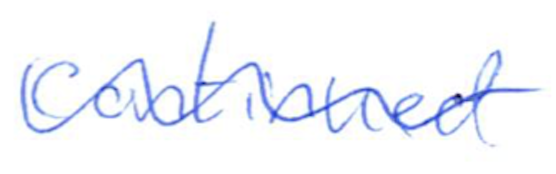
Text: continued
Cross-out: wave
Writing tool: ballpoint